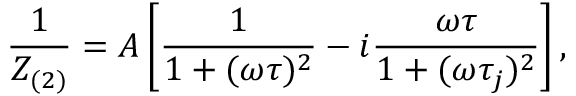
\frac { 1 } { Z _ { ( 2 ) } } = A \left[ \frac { 1 } { 1 + ( \omega \tau ) ^ { 2 } } - i \frac { \omega \tau } { 1 + ( \omega \tau _ { j } ) ^ { 2 } } \right] ,